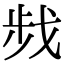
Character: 𢧁